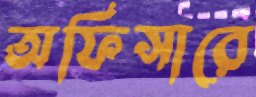
অফিসারে